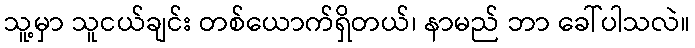
သူ့မှာ သူငယ်ချင်း တစ်ယောက်ရှိတယ်၊ နာမည် ဘာ ခေါ်ပါသလဲ။